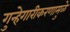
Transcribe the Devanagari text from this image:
गुन्हेगारीकरणामुळे